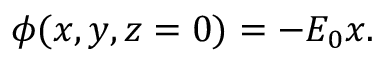
\begin{array} { r } { \phi ( x , y , z = 0 ) = - E _ { 0 } x . } \end{array}